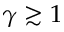
\gamma \gtrsim 1